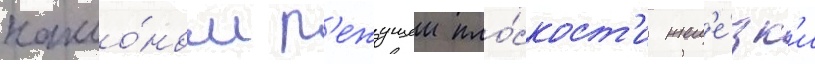
накло́ном р'ежущеи пло́скост'и жел'е́зк'и